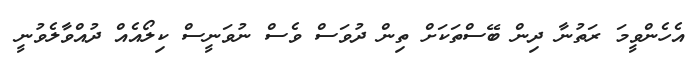
އެހެންވީމަ ރަތުނާ ދިން ބޭސްތަކަށް ތިން ދުވަސް ވެސް ނުވަނީސް ކިލޯއެއް ދުއްވާލެވުނީ